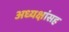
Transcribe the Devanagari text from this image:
अध्यक्षांसह